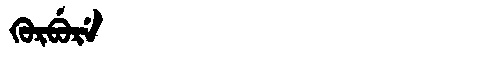
Manchu: ᡴᡠᡵᠪᡠᡵᡝ
Romanization: KURBURE